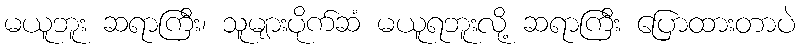
မယူဘူး ဆရာကြီး၊ သူများပိုက်ဆံ မယူရဘူးလို့ ဆရာကြီး ပြောထားတာပဲ